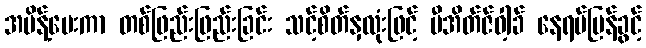
အမိန့်ပေးကာ တစ်ဖြည်းဖြည်းခြင်း သင့်စိတ်နှလုံးဖြင့် ဗီအိတ်ဇ်ဝါ့ခ် နေရပ်ပြန်ခွင့်